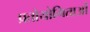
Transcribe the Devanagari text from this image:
प्रतोयोगिताओं